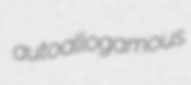
autoallogamous